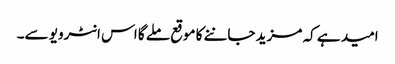
امید ہے کہ مزید جاننے کا موقع ملے گا اس انٹرویو سے۔